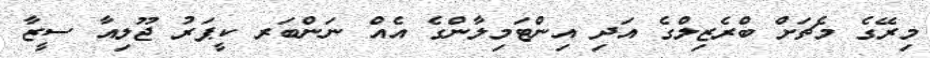
މިރޭގެ މެޗަށް ބްރެޒިލްގެ އަދި އިންޓަމިލާންގެ އެއް ނަންބަރ ކީޕަރު ޖޫލިއާ ސީޒާ